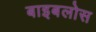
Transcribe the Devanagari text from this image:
बाइबलोस